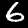
Digit: 6